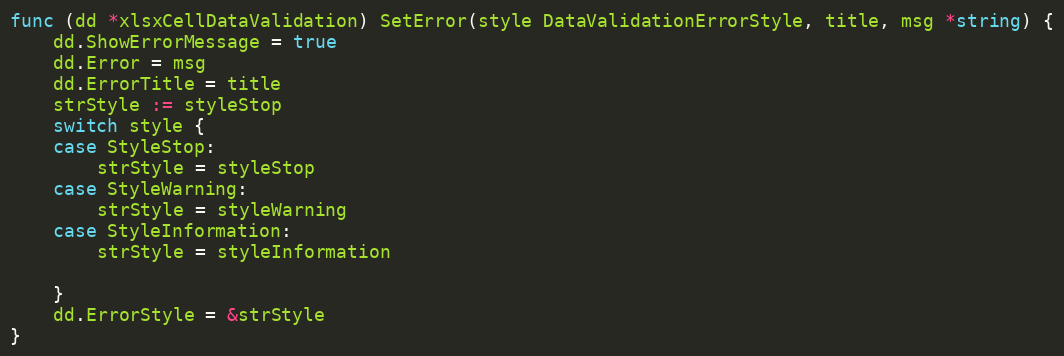
Language: Go
func (dd *xlsxCellDataValidation) SetError(style DataValidationErrorStyle, title, msg *string) {
	dd.ShowErrorMessage = true
	dd.Error = msg
	dd.ErrorTitle = title
	strStyle := styleStop
	switch style {
	case StyleStop:
		strStyle = styleStop
	case StyleWarning:
		strStyle = styleWarning
	case StyleInformation:
		strStyle = styleInformation

	}
	dd.ErrorStyle = &strStyle
}